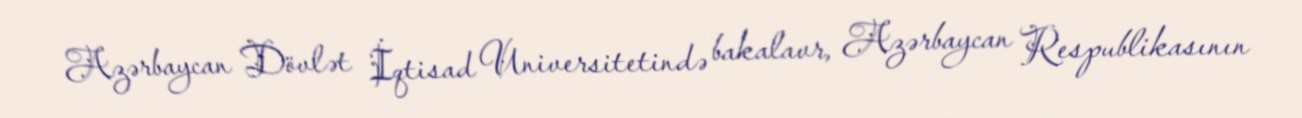
Azərbaycan Dövlət İqtisad Universitetində bakalavr, Azərbaycan Respublikasının